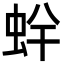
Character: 䖫